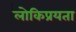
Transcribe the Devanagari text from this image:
लोकिप्रयता